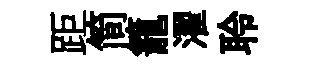
距简籠濯聆